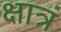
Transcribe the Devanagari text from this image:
क्षात्रं